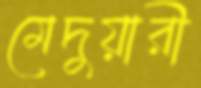
মেদুয়ারী